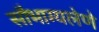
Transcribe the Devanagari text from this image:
सौभाग्यलेणे